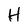
Character: H